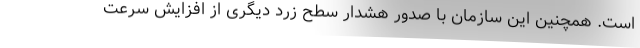
است. همچنین این سازمان با صدور هشدار سطح زرد دیگری از افزایش سرعت